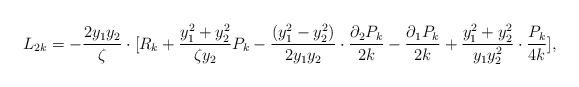
\begin{align*}L_{2k}=-\frac{2y_{1}y_{2}}{\zeta} \cdot[R_{k} +\frac{y_{1}^{2}+y_{2}^{2}}{\zeta y_{2}}P_{k}-\frac{(y_{1}^{2}-y_{2}^{2})}{2y_{1}y_{2}}\cdot \frac{\partial_{2} P_{k}}{2k}-\frac{\partial_{1} P_{k}}{2k}+\frac{y_{1}^{2}+y_{2}^{2}}{y_{1}y_{2}^{2}}\cdot\frac{P_{k}}{4k}] ,\end{align*}